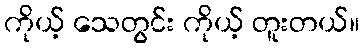
ကိုယ့် သေတွင်း ကိုယ့် တူးတယ်။